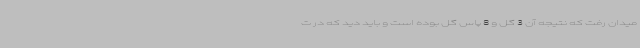
میدان رفت که نتیجه آن 3 گل و 8 پاس گل بوده است و باید دید که در ت